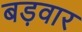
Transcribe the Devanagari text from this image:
बड़वार